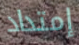
إمتداد